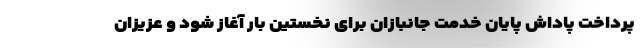
پرداخت پاداش پایان خدمت جانبازان برای نخستین بار آغاز شود و عزیزان